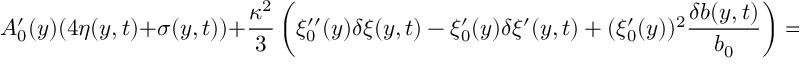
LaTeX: A _ { 0 } ^ { \prime } ( y ) ( 4 \eta ( y , t ) + \sigma ( y , t ) ) + \frac { \kappa ^ { 2 } } { 3 } \left( \xi _ { 0 } ^ { \prime \prime } ( y ) \delta \xi ( y , t ) - \xi _ { 0 } ^ { \prime } ( y ) \delta \xi ^ { \prime } ( y , t ) + ( \xi _ { 0 } ^ { \prime } ( y ) ) ^ { 2 } \frac { \delta b ( y , t ) } { b _ { 0 } } \right) = 0 + O ( m _ { B } ^ { 4 } / k ^ { 4 } ) .